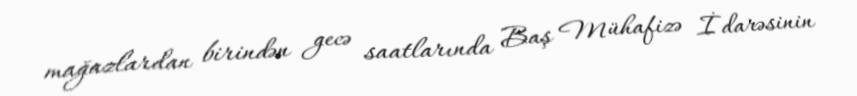
mağazlardan birindən gecə saatlarında Baş Mühafizə İdarəsinin